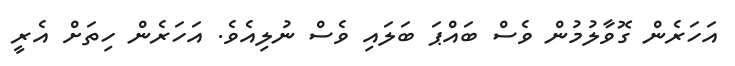
އަހަރެން ގޮވާލުމުން ވެސް ބައްޕަ ބަލައި ވެސް ނުލިއެވެ. އަހަރެން ހިތަށް އެރީ